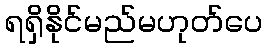
ရရှိနိုင်မည်မဟုတ်ပေ